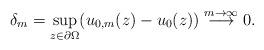
LaTeX: \begin{align*} \delta_m=\sup\limits_{z\in\partial\Omega}(u_{0,m}(z)-u_0(z)) \stackrel{m\rightarrow\infty}{\longrightarrow} 0. \end{align*}